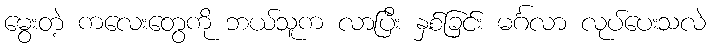
မွေးတဲ့ ကလေးတွေကို ဘယ်သူက လာပြီး နှစ်ခြင်း မင်္ဂလာ လုပ်ပေးသလဲ